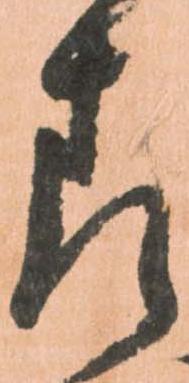
表